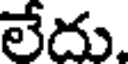
లేదు.